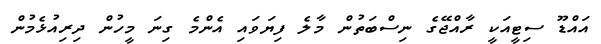
އައްޑޫ ސިޓީއަކީ ރާއްޖޭގެ ނިސްބަތުން މާލެ ފިޔަވައި އެންމެ ގިނަ މީހުން ދިރިއުޅެމުން